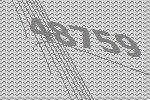
48759